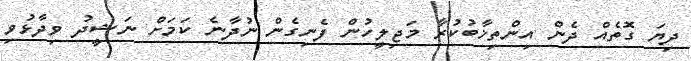
ދިޔަ ގޮތެއް ދެން އިންތިޚާބުކުރާ މަޖިލީހުން ފެނިގެން ނުދާނެ ކަމަށް ނަޝީދު ވިދާޅުވި